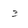
Character: 3